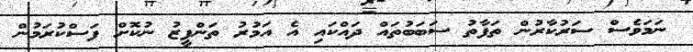
ނަމަވެސް ސަރުކާރުން ތަފާތު ސަބަބުތައް ދައްކައި އެ އަމުރު ތަންފީޒު ނުކޮށް ފަސްކުރަމުން